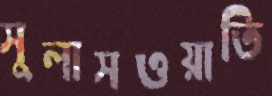
সুলাসওয়াতি